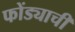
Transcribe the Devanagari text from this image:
फोंड्याची